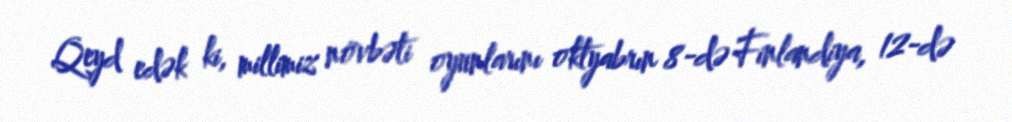
Qeyd edək ki, millimiz növbəti oyunlarını oktyabrın 8-də Finlandiya, 12-də